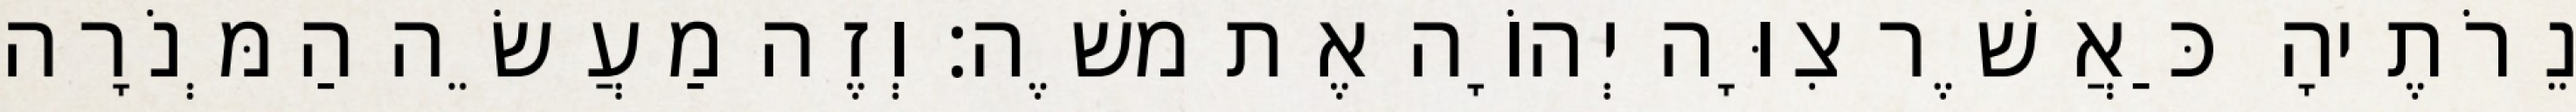
נֵרֹתֶיהָ כַּאֲשֶׁר צִוָּה יְהוָֹה אֶת משֶׁה׃ וְזֶה מַעֲשֵׂה הַמְּנֹרָה